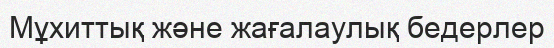
Мұхиттық және жағалаулық бедерлер